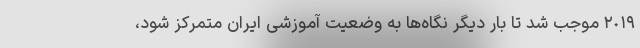
٢٠١٩ موجب شد تا بار دیگر نگاه‌ها به وضعیت آموزشی ایران متمرکز شود،